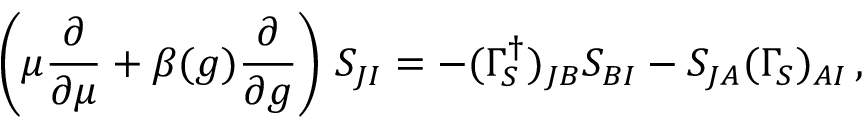
\left( \mu { \frac { \partial } { \partial \mu } } + \beta ( g ) { \frac { \partial } { \partial g } } \right) \, S _ { J I } = - ( \Gamma _ { S } ^ { \dagger } ) _ { J B } S _ { B I } - S _ { J A } ( \Gamma _ { S } ) _ { A I } \, ,